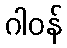
ဂါဝန်